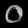
Digit: ၀